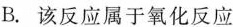
B.该反应属于氧化反应